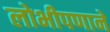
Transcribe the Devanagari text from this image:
लोभीपणाने